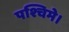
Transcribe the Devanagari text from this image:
पश्चिमे।